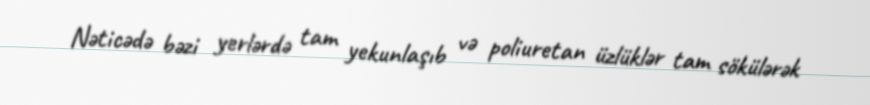
Nəticədə bəzi yerlərdə tam yekunlaşıb və poliuretan üzlüklər tam sökülərək